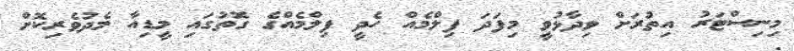
މިނިސްޓަރު އިތުރަށް ވިދާޅުވީ މިފަދަ ފިލްމެއް ހެދީ ފިލްމެއްގެ ގޮތުގައި މީޑިއާ މެދުވެރިކޮށް